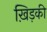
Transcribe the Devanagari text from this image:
ख़िड़की